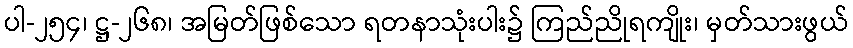
ပါ-၂၅၄၊ ဋ္ဌ-၂၆၈၊ အမြတ်ဖြစ်သော ရတနာသုံးပါး၌ ကြည်ညိုရကျိုး၊ မှတ်သားဖွယ်